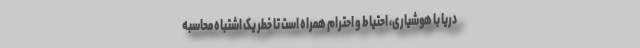
دریا با هوشیاری، احتیاط و احترام همراه است تا خطر یک اشتباه محاسبه